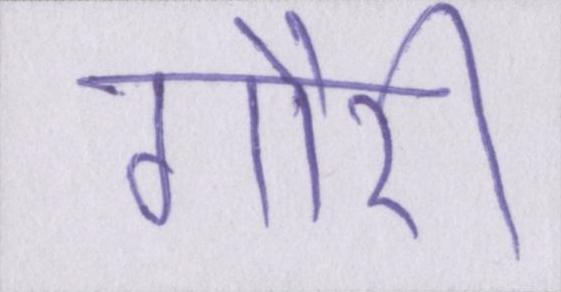
गौरी